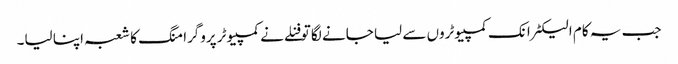
جب یہ کام الیکٹرانک کمپیوٹروں سے لیا جانے لگا تو فنلے نے کمپیوٹر پروگرامنگ کا شعبہ اپنا لیا۔